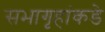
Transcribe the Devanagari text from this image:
सभागृहांकडे